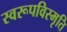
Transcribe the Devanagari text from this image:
स्वरूपविस्मृति